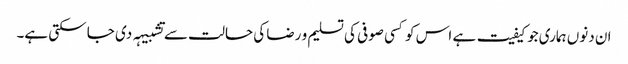
ان دنوں ہماری جو کیفیت ہے اس کو کسی صوفی کی تسلیم و رضا کی حالت سے تشبیہہ دی جا سکتی ہے۔